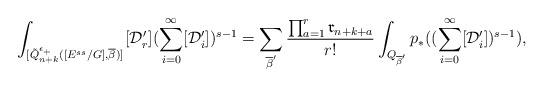
LaTeX: \begin{align*}\int_{[\tilde{Q}^{\epsilon_{+}}_{n+k}([E^{ss}/G],\overline{\beta})]^{}}[\mathcal{D}'_{r}](\sum_{i=0}^{\infty}[\mathcal{D}'_i])^{s-1}=\sum_{\overline{\beta}'}\dfrac{\prod_{a=1}^r\mathfrak{r}_{n+k+a}}{r!}\int_{Q_{\overline{\beta}'}}p_*((\sum_{i=0}^{\infty}[\mathcal{D}'_i])^{s-1}),\end{align*}